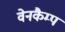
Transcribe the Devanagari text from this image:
वेनकैम्प